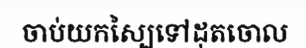
ចាប់យកស្បៃទៅដុតចោល